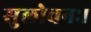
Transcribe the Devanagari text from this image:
सुलोचनः।